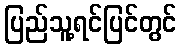
ပြည်သူ့ရင်ပြင်တွင်